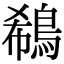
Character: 鵗